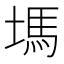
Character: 𡏢